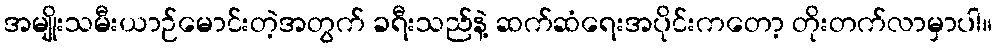
အမျိုးသမီးယာဉ်မောင်းတဲ့အတွက် ခရီးသည်နဲ့ ဆက်ဆံရေးအပိုင်းကတော့ တိုးတက်လာမှာပါ။